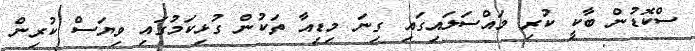
ސްކޮޑުން ބާކީ ކުރި މައްސަލައިގައި ގިނަ މިޑިއާ ތަކުން ގުޅިކަމުގައި ވިޔަސް ކުރިން